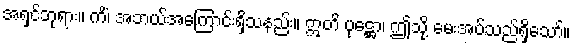
အရှင်ဘုရား။ ကိံ၊ အဘယ်အကြောင်းရှိသနည်း။ ဣတိ ပုဋ္ဌော၊ ဤသို့ မေးအပ်သည်ရှိသော်။